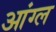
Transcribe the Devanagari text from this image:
आंग्‍ल